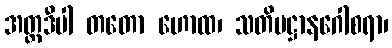
အတ္ထဒီပါ တတော ဟောထ၊ သတိပဋ္ဌာနဂေါစရာ၊